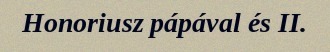
Honoriusz pápával és II.